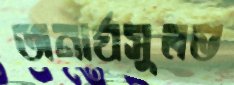
অনার্যসুলভ